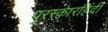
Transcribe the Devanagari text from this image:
पुरस्कारहिंदी